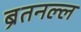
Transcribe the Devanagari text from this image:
ब्रेंतनल्ल